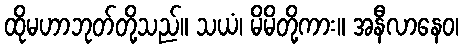
ထိုမဟာဘုတ်တို့သည်။ သယံ၊ မိမိတို့ကား။ အနီလာနေဝ၊